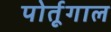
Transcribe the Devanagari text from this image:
पोर्तूगाल